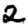
Digit: 2